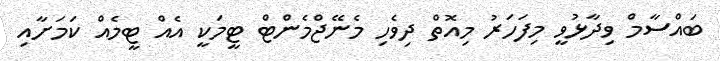
ބައްސާމް ވިދާޅުވީ މިފަހަރު މިއޮތް ދިވެހި މެނޭޖްމެންޓް ޓީމަކީ އެއް ޓީމެއް ކަމަށާއި